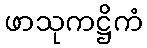
ဖာသုကဋ္ဌိကံ